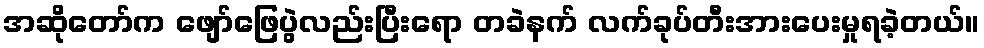
အဆိုတော်က ဖျော်ဖြေပွဲလည်းပြီးရော တခဲနက် လက်ခုပ်တီးအားပေးမှုရခဲ့တယ်။